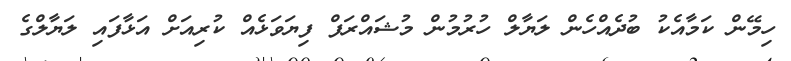
ހިމޭން ކަމާއެކު ބުދެއްހެން ލަޔާލް ހުރުމުން މުޝައްރަފް ފިޔަވަޅެއް ކުރިއަށް އަޅާފައި ލަޔާލްގެ